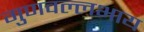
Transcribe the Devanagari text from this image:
गुणवल्लभाय